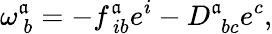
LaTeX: \omega_{\ b}^{\mathfrak{a}}=-f_{\ ib}^{\mathfrak{a}}e^{i}-D_{\ \ bc}^{\mathfrak{a}}e^{c},